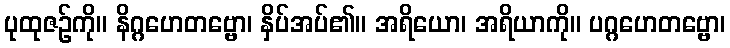
ပုထုဇဉ်ကို။ နိဂ္ဂဟေတဗ္ဗော၊ နှိပ်အပ်၏။ အရိယော၊ အရိယာကို။ ပဂ္ဂဟေတဗ္ဗော၊